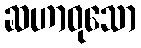
ဆဟာဝုသော